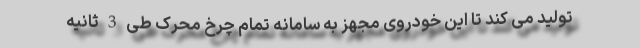
تولید می کند تا این خودروی مجهز به سامانه تمام چرخ محرک طی 3 ثانیه